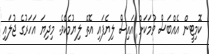
ކޮމިޓީން އެއްބަސް ވުމަކަށް އައިސް ލިޔެފައި އޮތް ލިޔުމެކެވެ. މިދިޔަ އަހަރުގެ ޖުލައި